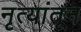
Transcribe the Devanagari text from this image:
नृत्यांतून